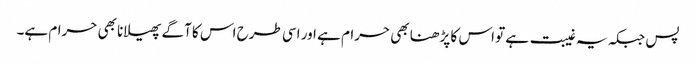
پس جبکہ یہ غیبت ہے تو اس کا پڑھنا بھی حرام ہے اور اسی طرح اس کا آگے پھیلانا بھی حرام ہے۔